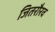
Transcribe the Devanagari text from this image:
जितरौरव